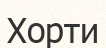
Хорти